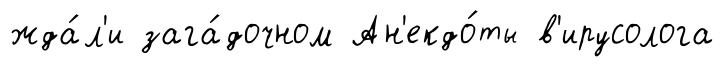
жда́л'и зага́дочном Ан'екдо́ты в'ирусолога